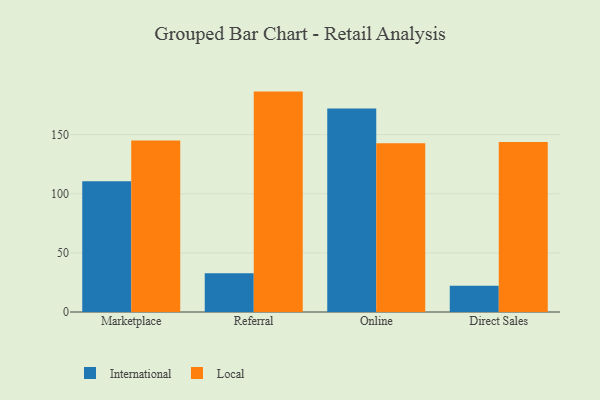
{"axis": {"x": "Channel", "y": "Headcount"}, "legend": ["International", "Local"], "data": [{"x": "Marketplace", "y": 110.6, "type": "International"}, {"x": "Marketplace", "y": 145.1, "type": "Local"}, {"x": "Referral", "y": 32.7, "type": "International"}, {"x": "Referral", "y": 186.4, "type": "Local"}, {"x": "Online", "y": 172.2, "type": "International"}, {"x": "Online", "y": 142.7, "type": "Local"}, {"x": "Direct Sales", "y": 22.3, "type": "International"}, {"x": "Direct Sales", "y": 143.8, "type": "Local"}]}